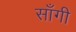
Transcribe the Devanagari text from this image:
साँगी